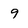
Character: 9